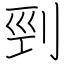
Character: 剄